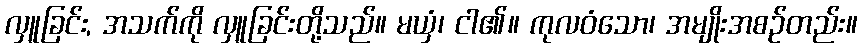
လှူခြင်း, အသက်ကို လှူခြင်းတို့သည်။ မယှံ၊ ငါ၏။ ကုလဝံသော၊ အမျိုးအစဉ်တည်း။